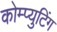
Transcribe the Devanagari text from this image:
कोम्प्युटिंग